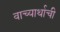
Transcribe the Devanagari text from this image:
वाच्यार्थाची